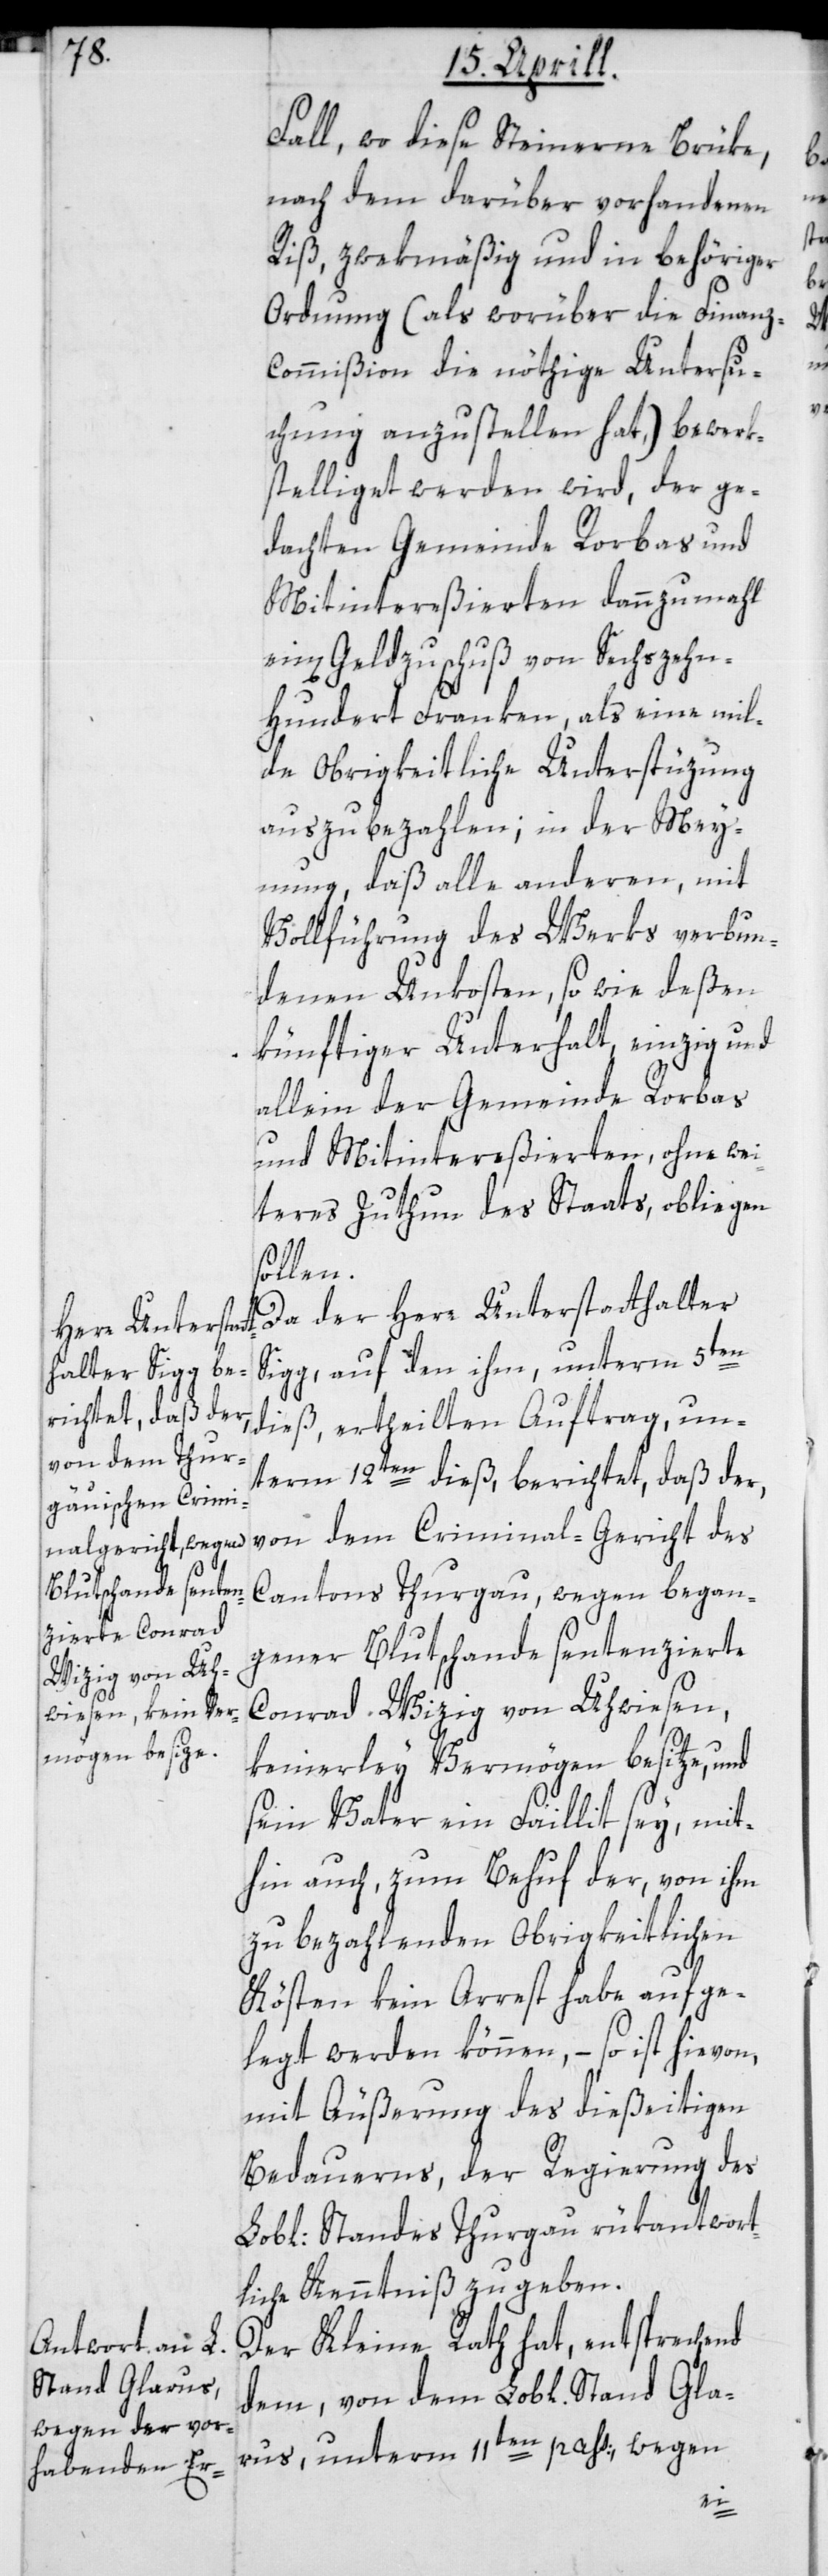
Fall, wo diese Steinerne Brüke,
nach dem darüber vorhandenen
Riß, zwekmäßig und in behöriger
Ordnung, (als worüber die Finanz-C¬
ommißion die nöthige Untersu¬
chung anzustellen hat,) bewerk¬
stelliget werden wird, der ge¬
dachten Gemeinde Rorbas und
Mitintereßierten dannzumahl
ein Geldzuschuß von Sechszeh¬
n-Hundert Franken, als eine mil¬
de Obrigkeitliche Unterstüzung
auszubezahlen; in der Mey¬
nung, daß alle andern, mit
Vollführung des Werks verbun¬
denen Unkosten sowie deßen
künftiger Unterhalt, einzig und
allein der Gemeinde Rorbas
und Mitintereßierten, ohne wei¬
teres Zuthun des Staats, obliegen
Kleine
Da der Herr Unterstatthalter
Sigg auf dem ihm, unterm 5ten
dieß ertheilten Auftrag, un¬
term 12ten dieß berichtet, daß der
von dem Criminal-Gericht des
Cantons Thurgau, wegen began¬
gener Blutschande sentenzierte
Conrad Wizig von Uhwiesen,
keinerley Vermögen besitze, und
sein Vater ein Faillit sey, mit¬
hin auch zum Behuf der, von ihm
zu bezahlenden Obrigkeitlichen
Kösten kein Arrest habe aufge¬
legt werden können, – so ist hievon,
mit Äußerung des dießeitigen
Bedauerns, der Regierung des
Lobl: Standes Thurgau rükantwort¬
liche Kenntniß zu geben.
dem, von dem Lobl. Stand Gla¬
rus, unterm 11ten pass., wegen

Der